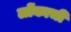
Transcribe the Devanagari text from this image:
लोंकाची